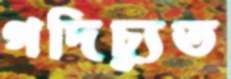
গদিচ্যুত